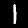
Digit: 1